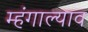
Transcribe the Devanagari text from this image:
म्हंगाल्याव